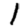
Digit: 1